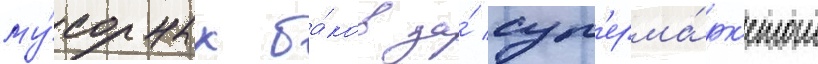
му́сорных ба́ков за́ суп'ерма́рк'етом